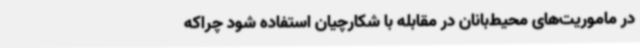
در ماموریت‌های محیط‌بانان در مقابله با شکارچیان استفاده شود چراکه